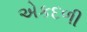
એકદળી